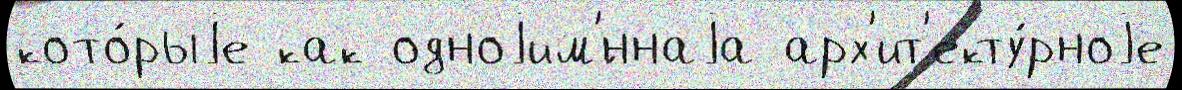
кото́рыjе как одноjим'́ннаjа арх'ит'екту́рноjе